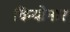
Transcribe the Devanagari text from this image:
कियोनार